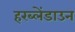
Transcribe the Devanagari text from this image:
हरब्लेंडाउन